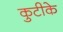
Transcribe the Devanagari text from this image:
कुटीके